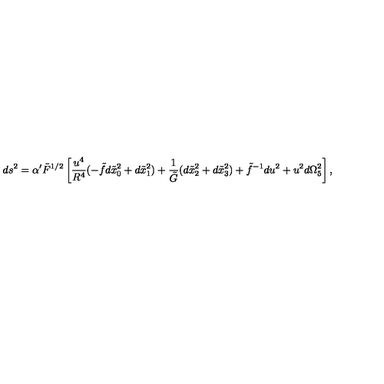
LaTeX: d s ^ { 2 } = \alpha ^ { \prime } \tilde { F } ^ { 1 / 2 } \left[ \frac { u ^ { 4 } } { R ^ { 4 } } ( - \tilde { f } d \tilde { x } _ { 0 } ^ { 2 } + d \tilde { x } _ { 1 } ^ { 2 } ) + \frac { 1 } { \tilde { G } } ( d \tilde { x } _ { 2 } ^ { 2 } + d \tilde { x } _ { 3 } ^ { 2 } ) + \tilde { f } ^ { - 1 } d u ^ { 2 } + u ^ { 2 } d \Omega _ { 5 } ^ { 2 } \right] ,